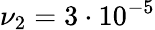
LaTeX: \nu_{2}=3\cdot 10^{-5}